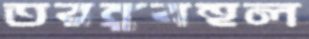
তরঙ্গবহুল